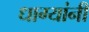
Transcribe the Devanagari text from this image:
धाग्‍यांनी